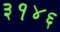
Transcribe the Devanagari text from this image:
३१४६